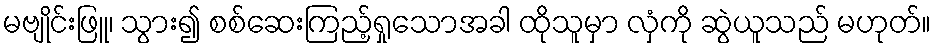
မဗျိုင်းဖြူ၊ သွား၍ စစ်ဆေးကြည့်ရှုသောအခါ ထိုသူမှာ လှံကို ဆွဲယူသည် မဟုတ်။